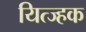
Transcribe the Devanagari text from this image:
यित्ज्हक